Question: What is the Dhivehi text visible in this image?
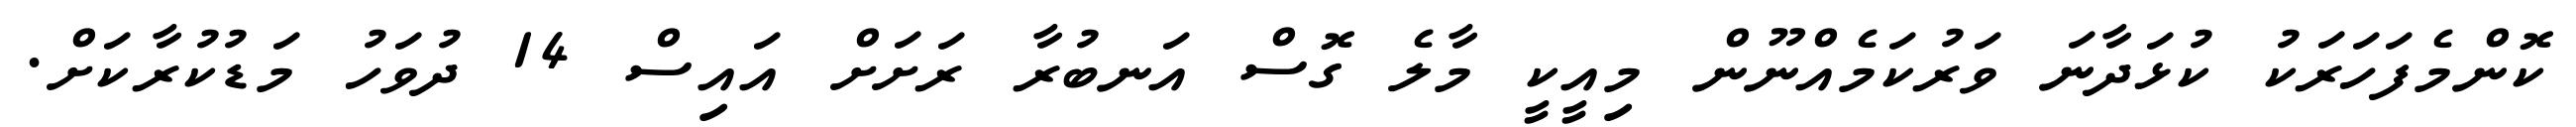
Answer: ކޮންމެފަހަރަކު ކުޅަދާނަ ވަރުކަމެއްނޫން މިއީކީ މާލެ ގޮސް އަނބުރާ ރަށަށް އައިސް 14 ދުވަހު މަޑުކުރާކަށް.